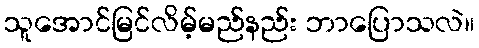
သူအောင်မြင်လိမ့်မည်နည်း ဘာပြောသလဲ။